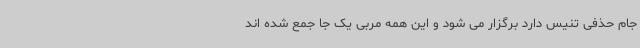
جام حذفی تنیس دارد برگزار می شود و این همه مربی یک جا جمع شده اند